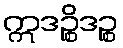
ဣဒဉ္စိဒဉ္စ